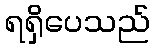
ရရှိပေသည်